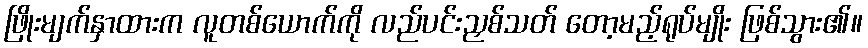
ဖြိုးမျက်နှာထားက လူတစ်ယောက်ကို လည်ပင်းညှစ်သတ် တော့မည့်ရုပ်မျိုး ဖြစ်သွား၏။